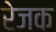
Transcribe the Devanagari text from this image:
रेजक